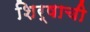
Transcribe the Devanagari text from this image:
शिर्षाची